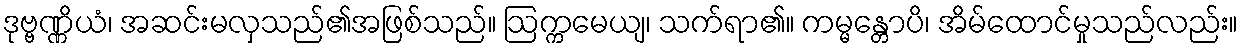
ဒုဗ္ဗဏ္ဏိယံ၊ အဆင်းမလှသည်၏အဖြစ်သည်။ ဩက္ကမေယျ၊ သက်ရာ၏။ ကမ္မန္တောပိ၊ အိမ်ထောင်မှုသည်လည်း။